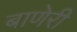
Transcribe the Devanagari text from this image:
बाणेरी